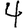
Digit: 4